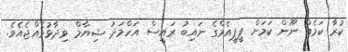
ކުރާ ކަމެއް ނޫން ކަމަށް ޕީޕީއެމްގެ ނައިބު ރައީސް އަހްމަދު ޝިޔާމް ވިދާޅުވެއްޖެއެވެ.